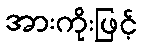
အားကိုးဖြင့်